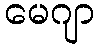
မေဂျာ